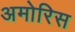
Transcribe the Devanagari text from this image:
अमोरिस